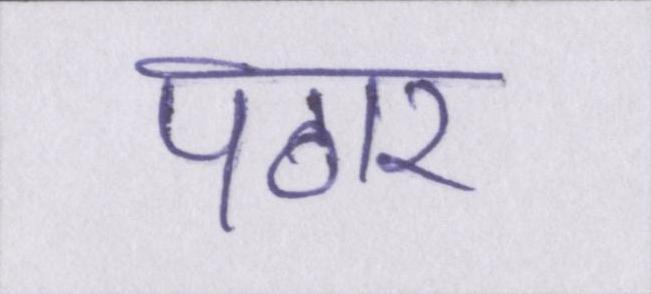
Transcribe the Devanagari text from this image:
पठार